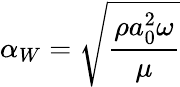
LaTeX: \alpha_{W}=\sqrt{\frac{\rho a_{0}^{2}\omega}{\mu}}